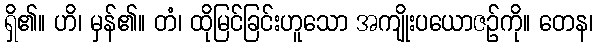
ရှိ၏။ ဟိ၊ မှန်၏။ တံ၊ ထိုမြင်ခြင်းဟူသော အကျိုးပယောဇဉ်ကို။ တေန၊